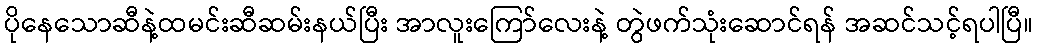
ပိုနေသောဆီနဲ့ထမင်းဆီဆမ်းနယ်ပြီး အာလူးကြော်လေးနဲ့ တွဲဖက်သုံးဆောင်ရန် အဆင်သင့်ရပါပြီ။